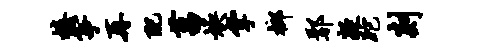
榛筝再配菖焕掌榔鄢凝跎剡